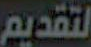
لتقديم